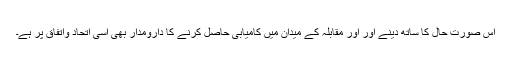
اس صورت حال کا ساتھ دینے اور اور مقابلہ کے میدان میں کامیابی حاصل کرنے کا دارومدار بھی اسی اتحاد واتفاق پر ہے۔